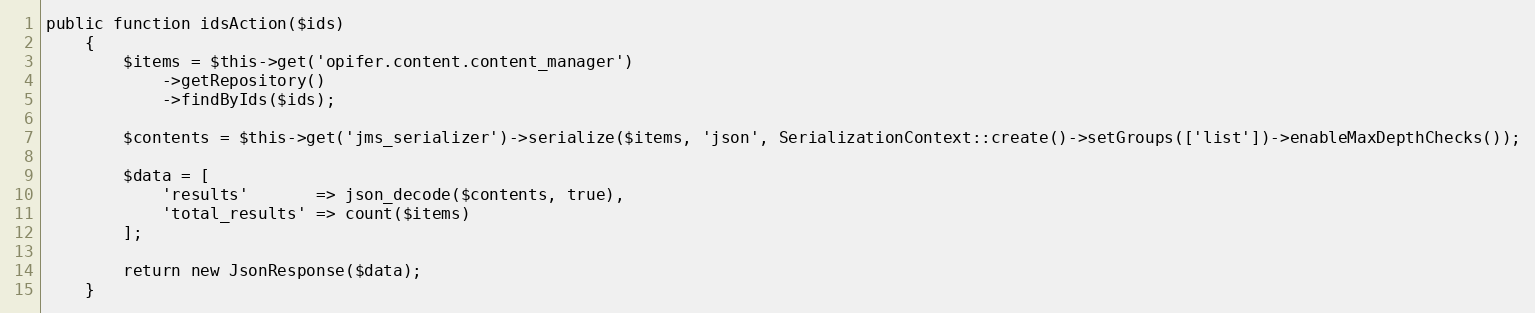
Language: PHP
public function idsAction($ids)
    {
        $items = $this->get('opifer.content.content_manager')
            ->getRepository()
            ->findByIds($ids);

        $contents = $this->get('jms_serializer')->serialize($items, 'json', SerializationContext::create()->setGroups(['list'])->enableMaxDepthChecks());

        $data = [
            'results'       => json_decode($contents, true),
            'total_results' => count($items)
        ];

        return new JsonResponse($data);
    }